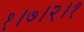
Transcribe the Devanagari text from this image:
१।७।२।१